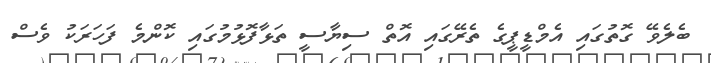
ބެލެވޭ ގޮތުގައި އެމްޑީޕީގެ ތެރޭގައި އޮތް ސިޔާސީ ތަޅާފޮޅުމުގައި ކޮންމެ ފަހަރަކު ވެސް